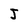
Character: J